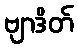
ဗျာဒိတ်